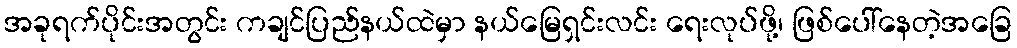
အခုရက်ပိုင်းအတွင်း ကချင်ပြည်နယ်ထဲမှာ နယ်မြေရှင်းလင်း ရေးလုပ်ဖို့၊ ဖြစ်ပေါ်နေတဲ့အခြေ